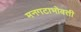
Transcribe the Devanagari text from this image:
मनगटाभोवती